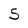
Character: 5